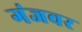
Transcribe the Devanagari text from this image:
गंजवर